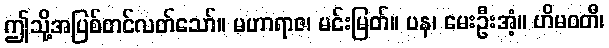
ဤသို့အပြစ်တင်လတ်သော်။ မဟာရာဇ၊ မင်းမြတ်။ ပန၊ မေးဦးအံ့။ ဟိမဝတီ၊